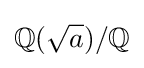
\mathbb {Q} ({\sqrt {a}})/\mathbb {Q}